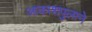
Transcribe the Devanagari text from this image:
आकाशपुलाने